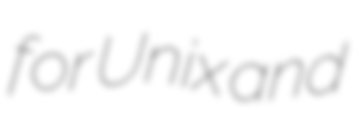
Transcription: for Unix and